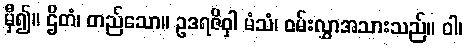
မှီ၍။ ဌိတံ၊ တည်သော။ ဥဒရဇိဝှါ မံသံ၊ ဝမ်းလွှာအသားသည်။ ဝါ၊